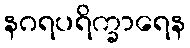
နဂရပရိက္ခာရေန